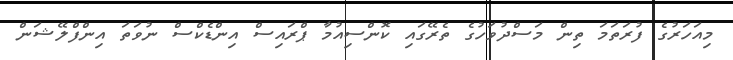
މިއަހަރުގެ ފުރަތަމަ ތިން މަސްދުވަހުގެ ތެރޭގައި ކޮންސިއުމާ ޕްރައިސް އިންޑެކްސް ނުވަތަ އިންފްލޭޝަން